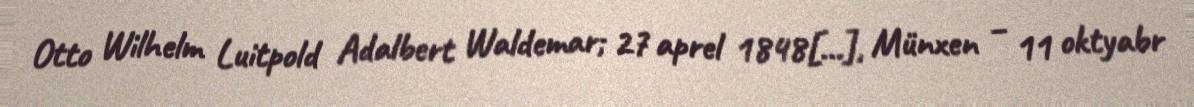
Otto Wilhelm Luitpold Adalbert Waldemar; 27 aprel 1848[…], Münxen – 11 oktyabr